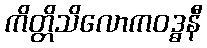
ကိတ္တိသိလောကဝဒ္ဓနီ